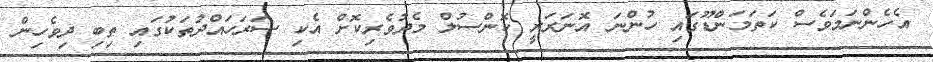
އެހެންނަމަވެސް ކަތަމަންޑޫގައި ހުންނަ އޮނަރަރީ ކޮންސުލް މެދުވެރިކޮށް އެކި ސަރަހައްދުތަކުގައި ތިބި ދިވެހިން